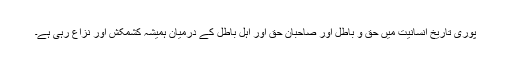
پوری تاریخ انسانیت میں حق و باطل اور صاحبان حق اور اہل باطل کے درمیان ہمیشہ کشمکش اور نزاع رہی ہے۔